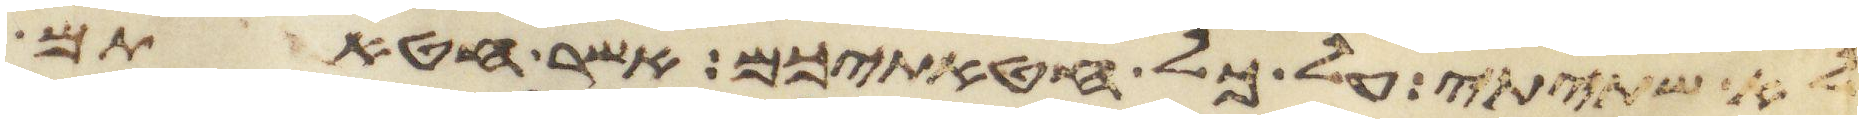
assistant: לא שתיתי על כל חטאתיכם אשר חטאתם